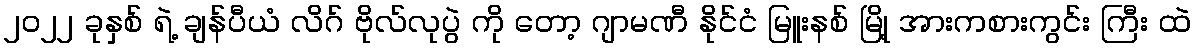
၂၀၂၂ ခုနှစ် ရဲ့ ချန်ပီယံ လိဂ် ဗိုလ်လုပွဲ ကို တော့ ဂျာမဏီ နိုင်ငံ မြူးနစ် မြို့ အားကစားကွင်း ကြီး ထဲ